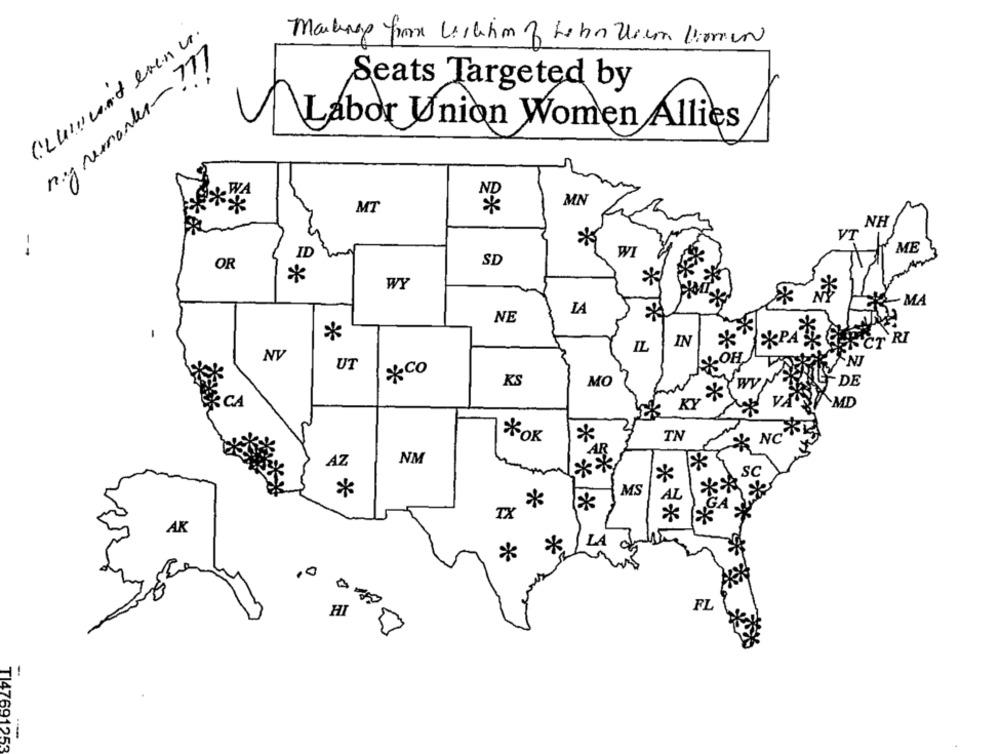
CLUIPUNt even ur.
nig remonter -???
Seats Targeted by
Labor Union Women Allies
MN
MT
NH
VT
*
ME
ID
WI
OR
SD
*
WY
*
- MA
LA
NE
*
T RI
IN
IL
NV
OH
NJ
UT
*co
KS
MO
DE
*
CA
KY
VA
MD
*OK
*
TN
* NC
NM
AZ
**
*
SC
*
MS
AL
*
GA
TX
*
AK
*
LA CX
*
,0
FL
HI
TI47691253